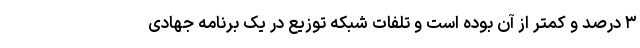
٣ درصد و کمتر از آن بوده است و تلفات شبکه توزیع در یک برنامه جهادی